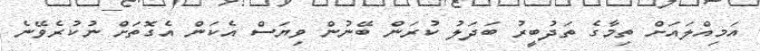
އަމިއްލައަށް ތިމާގެ ތަދުބީރު ބަދަލު ކުރަން ބޭނުން ވިޔަސް އެކަން އެގޮތަށް ނުކުރެވޭނެ